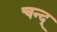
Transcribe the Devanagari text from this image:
चन्द्